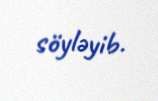
söyləyib.